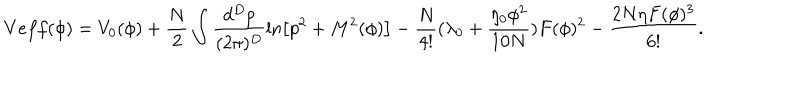
V e f f ( \phi ) = V _ { 0 } ( \phi ) + \frac { N } { 2 } \int \frac { d ^ { D } p } { ( 2 \pi ) ^ { D } } \ln \left[ p ^ { 2 } + M ^ { 2 } ( \phi ) \right] - \frac { N } { 4 ! } ( \lambda _ { 0 } + \frac { \eta _ { 0 } \phi ^ { 2 } } { 1 0 N } ) F ( \phi ) ^ { 2 } - \frac { 2 N \eta F ( \phi ) ^ { 3 } } { 6 ! } .